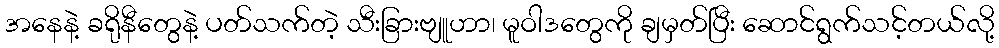
အနေနဲ့ ခရိုနီတွေနဲ့ ပတ်သက်တဲ့ သီးခြားဗျူဟာ၊ မူဝါဒတွေကို ချမှတ်ပြီး ဆောင်ရွက်သင့်တယ်လို့